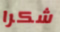
شكرا